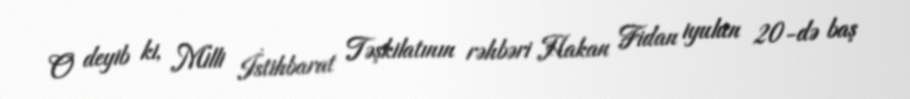
O deyib ki, Milli İstihbarat Təşkilatının rəhbəri Hakan Fidan iyulun 20-də baş